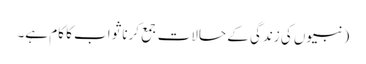
(نبیوں کی زندگی کے حالات جمع کرنا ثواب کا کام ہے۔